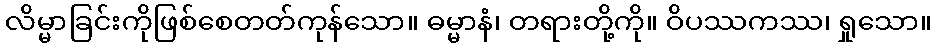
လိမ္မာခြင်းကိုဖြစ်စေတတ်ကုန်သော။ ဓမ္မာနံ၊ တရားတို့ကို။ ဝိပဿကဿ၊ ရှုသော။